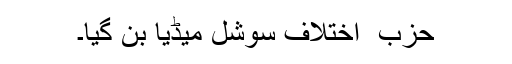
حزب ِ اختلاف سوشل میڈیا بن گیا۔